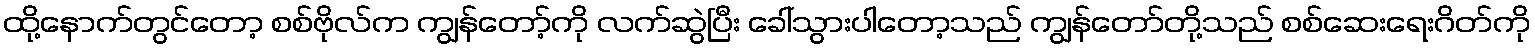
ထို့နောက်တွင်တော့ စစ်ဗိုလ်က ကျွန်တော့်ကို လက်ဆွဲပြီး ခေါ်သွားပါတော့သည် ကျွန်တော်တို့သည် စစ်ဆေးရေးဂိတ်ကို